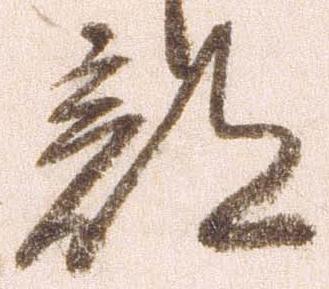
部